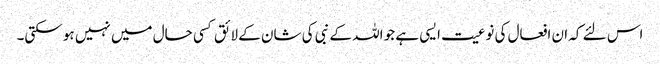
اس لئے کہ ان افعال کی نوعیت ایسی ہے جو اللہ کے نبی کی شان کے لائق کسی حال میں نہیں ہو سکتی۔